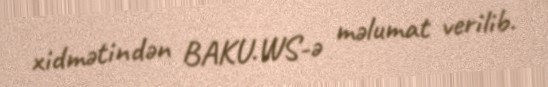
xidmətindən BAKU.WS-ə məlumat verilib.